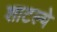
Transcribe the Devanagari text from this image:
शाटल्ये